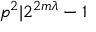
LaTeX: p ^ { 2 } | 2 ^ { 2 m \lambda } - 1